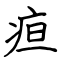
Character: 疸